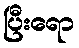
ပြီးရော